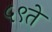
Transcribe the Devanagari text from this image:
५९ते